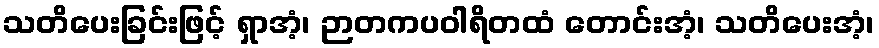
သတိပေးခြင်းဖြင့် ရှာအံ့၊ ဉာတကပဝါရိတထံ တောင်းအံ့၊ သတိပေးအံ့၊